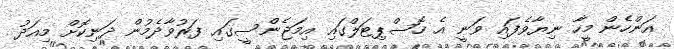
އަންހެން މީހާ ނިޔާވެފައި ވަނީ އެ ހޮސްޕިޓަލްގައި އިމަޖެންސީގައި ފަރުވާދެމުން ދަނިކޮށް މިއަދު